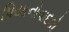
પિયાનોવાદકો